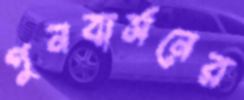
পুনবার্সনের